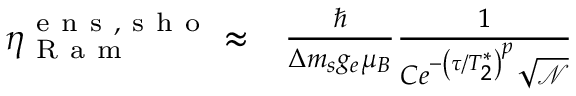
\begin{array} { r l } { \eta _ { \mathrm { ~ R ~ a ~ m ~ } } ^ { \mathrm { ~ e ~ n ~ s ~ , ~ s ~ h ~ o ~ } } \approx } & { { } \frac { \hbar } { \Delta m _ { s } g _ { e } \mu _ { B } } \frac { 1 } { C e ^ { - \left( \tau / T _ { 2 } ^ { * } \right) ^ { p } } \sqrt { \mathscr { N } } } } \end{array}